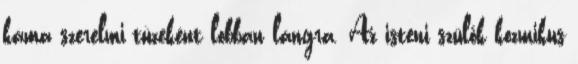
káma szerelmi tüzeként lobban lángra. Az isteni szülők kozmikus